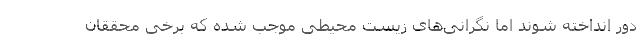
دور انداخته شوند اما نگرانی‌های زیست محیطی موجب شده که برخی محققان